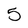
Character: 5